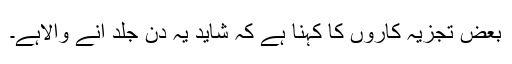
بعض تجزیہ کاروں کا کہنا ہے کہ شاید یہ دن جلد آنے والاہے۔